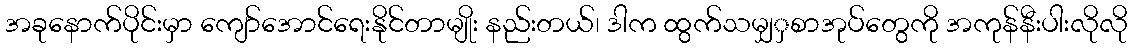
အခုနောက်ပိုင်းမှာ ကျော်အောင်ရေးနိုင်တာမျိုး နည်းတယ်၊ ဒါက ထွက်သမျှှစာအုပ်တွေကို အကုန်နီးပါးလိုလို